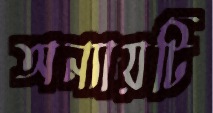
অন্যায়টি